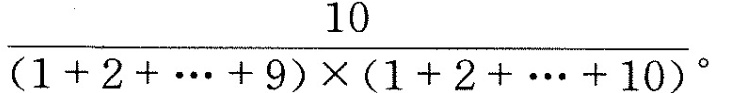
( $$\frac{10}{1+2+… \cdots +9) \times (1+2+ … \cdots +10)}。$$